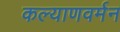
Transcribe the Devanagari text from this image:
कल्याणवर्मन